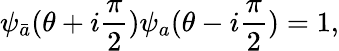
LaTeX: \psi_{\bar{a}}(\theta+i\frac{\pi}{2})\psi_{a}(\theta-i\frac{\pi}{2})=1,